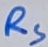
Text: RS